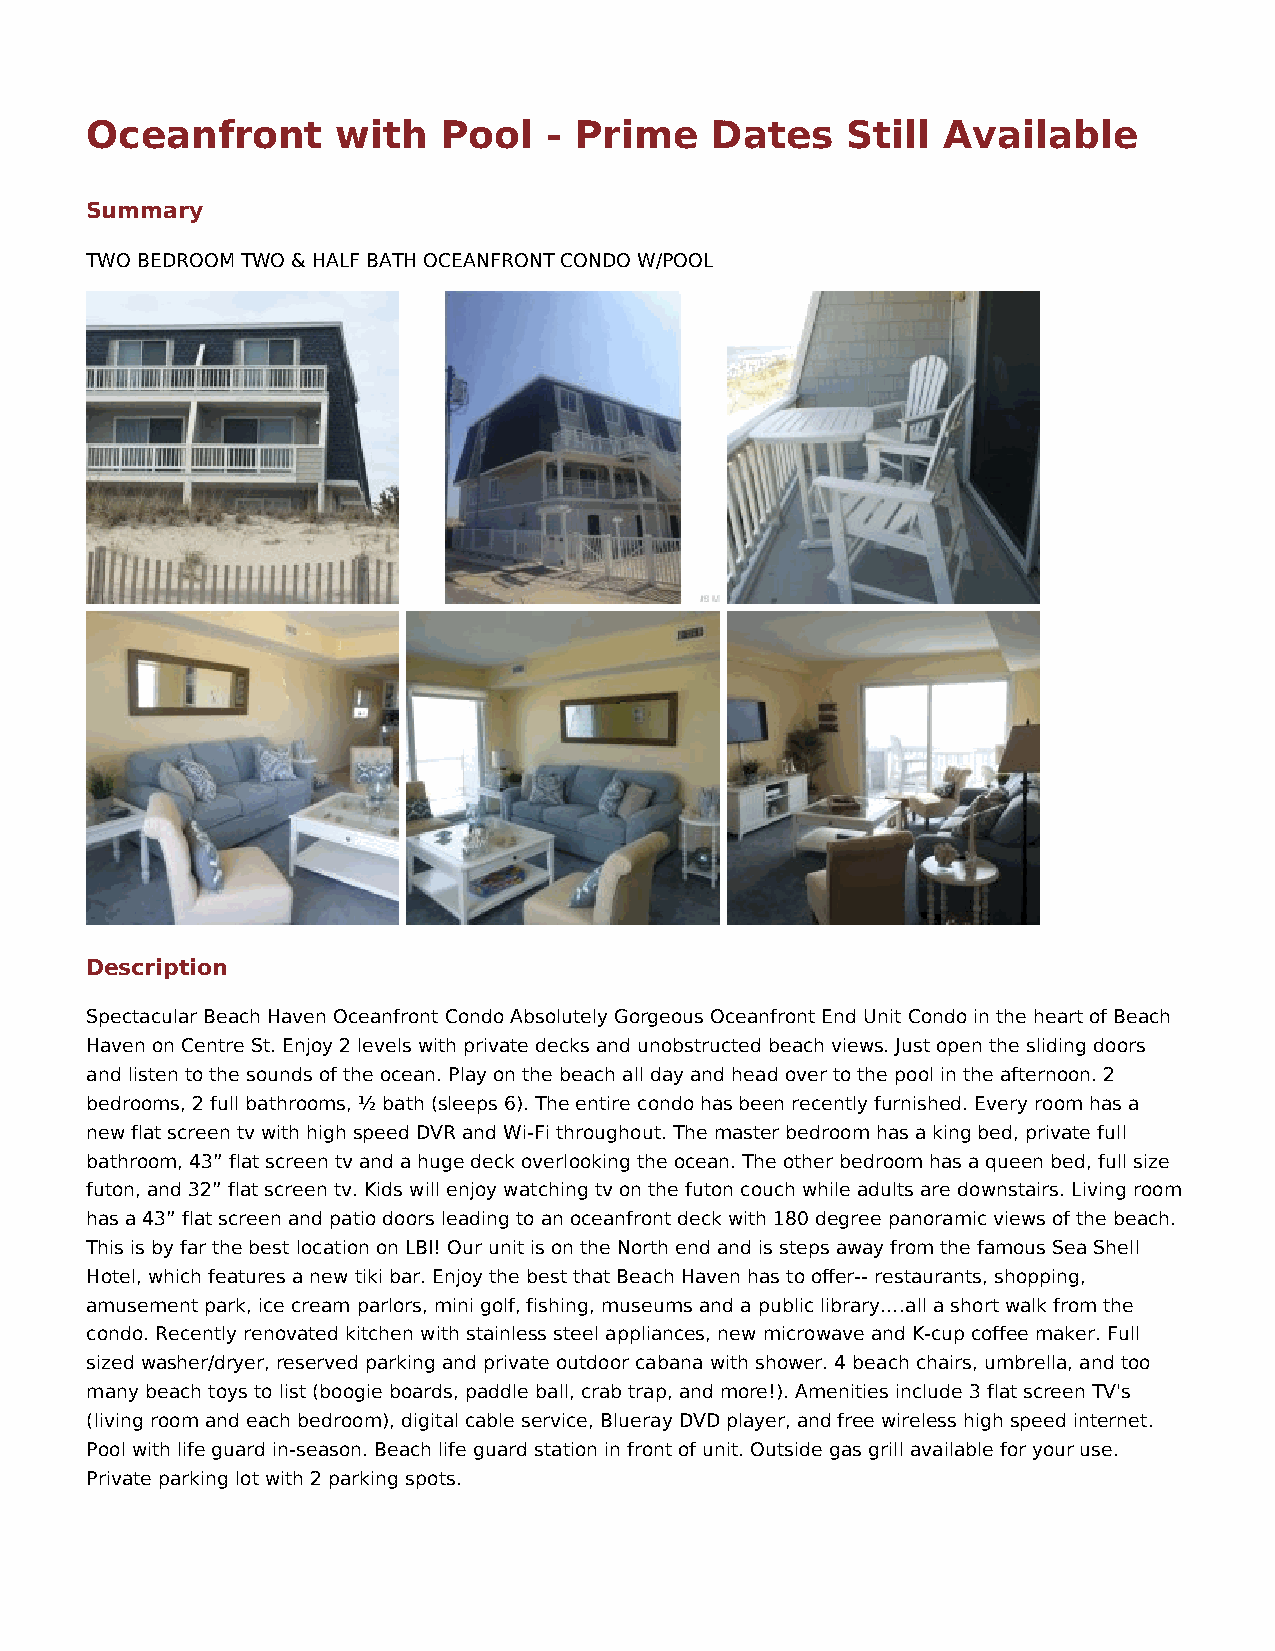
Oceanfront      with   Pool   - Prime    Dates    Still Available
 Summary
 TWO BEDROOM TWO & HALF BATH OCEANFRONT CONDO W/POOL
 Description
 Spectacular Beach Haven Oceanfront Condo Absolutely Gorgeous Oceanfront End Unit Condo in the heart of Beach
 Haven on Centre St. Enjoy 2 levels with private decks and unobstructed beach views. Just open the sliding doors
 and listen to the sounds of the ocean. Play on the beach all day and head over to the pool in the afternoon. 2
 bedrooms, 2 full bathrooms, ½ bath (sleeps 6). The entire condo has been recently furnished. Every room has a
 new flat screen tv with high speed DVR and Wi-Fi throughout. The master bedroom has a king bed, private full
 bathroom, 43” flat screen tv and a huge deck overlooking the ocean. The other bedroom has a queen bed, full size
 futon, and 32” flat screen tv. Kids will enjoy watching tv on the futon couch while adults are downstairs. Living room
 has a 43” flat screen and patio doors leading to an oceanfront deck with 180 degree panoramic views of the beach.
 This is by far the best location on LBI! Our unit is on the North end and is steps away from the famous Sea Shell
 Hotel, which features a new tiki bar. Enjoy the best that Beach Haven has to offer-- restaurants, shopping,
 amusement park, ice cream parlors, mini golf, fishing, museums and a public library.…all a short walk from the
 condo. Recently renovated kitchen with stainless steel appliances, new microwave and K-cup coffee maker. Full
 sized washer/dryer, reserved parking and private outdoor cabana with shower. 4 beach chairs, umbrella, and too
 many beach toys to list (boogie boards, paddle ball, crab trap, and more!). Amenities include 3 flat screen TV's
 (living room and each bedroom), digital cable service, Blueray DVD player, and free wireless high speed internet.
 Pool with life guard in-season. Beach life guard station in front of unit. Outside gas grill available for your use.
 Private parking lot with 2 parking spots.